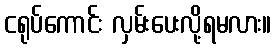
ငရုပ်ကောင်း လှမ်းပေးလို့ရမလား။